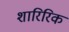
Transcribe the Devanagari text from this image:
शारिरिक